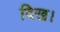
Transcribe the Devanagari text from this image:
दिख।